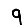
Digit: 9